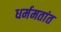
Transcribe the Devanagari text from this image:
धर्ममतांत